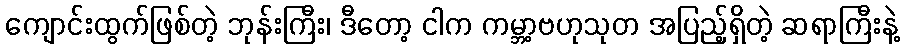
ကျောင်းထွက်ဖြစ်တဲ့ ဘုန်းကြီး၊ ဒီတော့ ငါက ကမ္ဘာ့ဗဟုသုတ အပြည့်ရှိတဲ့ ဆရာကြီးနဲ့